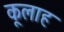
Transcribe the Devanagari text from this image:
कूलाह